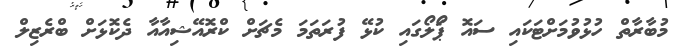
މުބާރާތް ހުޅުވުމަށްޓަކައި ސައޮ ޕަޯލޯގައި ކުޅޭ ފުރަތަމަ މެޗަށް ކްރޮއޭޝިއާއާ ދެކޮޅަށް ބްރެޒިލް